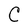
Character: C